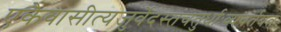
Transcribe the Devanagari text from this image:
एकैवासीत्यजुर्वेदस्तंचतुर्धाःव्यवर्तयत्